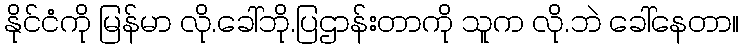
နိုင်ငံကို မြန်မာ လို.ခေါ်ဘို.ပြဌာန်းတာကို သူက လို.ဘဲ ခေါ်နေတာ။